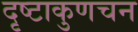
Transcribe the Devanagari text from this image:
दृष्टाकुणचन